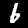
Label: 6